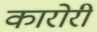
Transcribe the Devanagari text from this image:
कारोरी